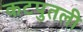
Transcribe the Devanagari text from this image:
कटपुतली